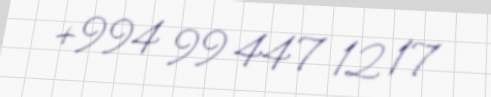
+994 99 447 12 17